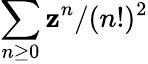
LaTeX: \sum_{n\geq0}\mathbf{z}^{n}/(n!)^{2}